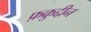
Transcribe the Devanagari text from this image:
फ़क्रुद्दीन